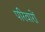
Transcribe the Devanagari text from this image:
परिवारों